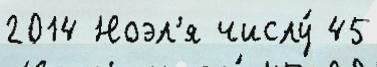
2014 Ноэл'я числу́ 45